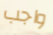
واجب